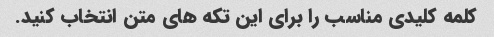
کلمه کلیدی مناسب را برای این تکه های متن انتخاب کنید.